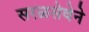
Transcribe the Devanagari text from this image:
सरळसेवेने